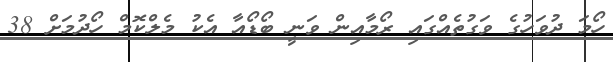
ހޯމަ ދުވަހުގެ ވަގުތެއްގައި ރޯމާއިން ވަނީ ބޯޑޯއާ އެކު މެލްކޮމް ހޯދުމަށް 38